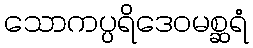
သောကပ္ပရိဒေဝမစ္ဆရံ